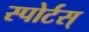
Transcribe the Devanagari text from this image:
स्पोर्टस्‌